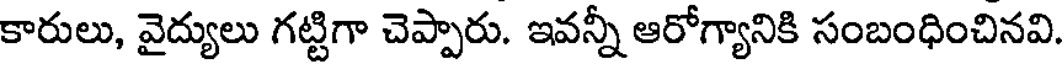
కారులు, వైద్యులు గట్టిగా చెప్పారు. ఇవన్నీ ఆరోగ్యానికి సంబంధించినవి.